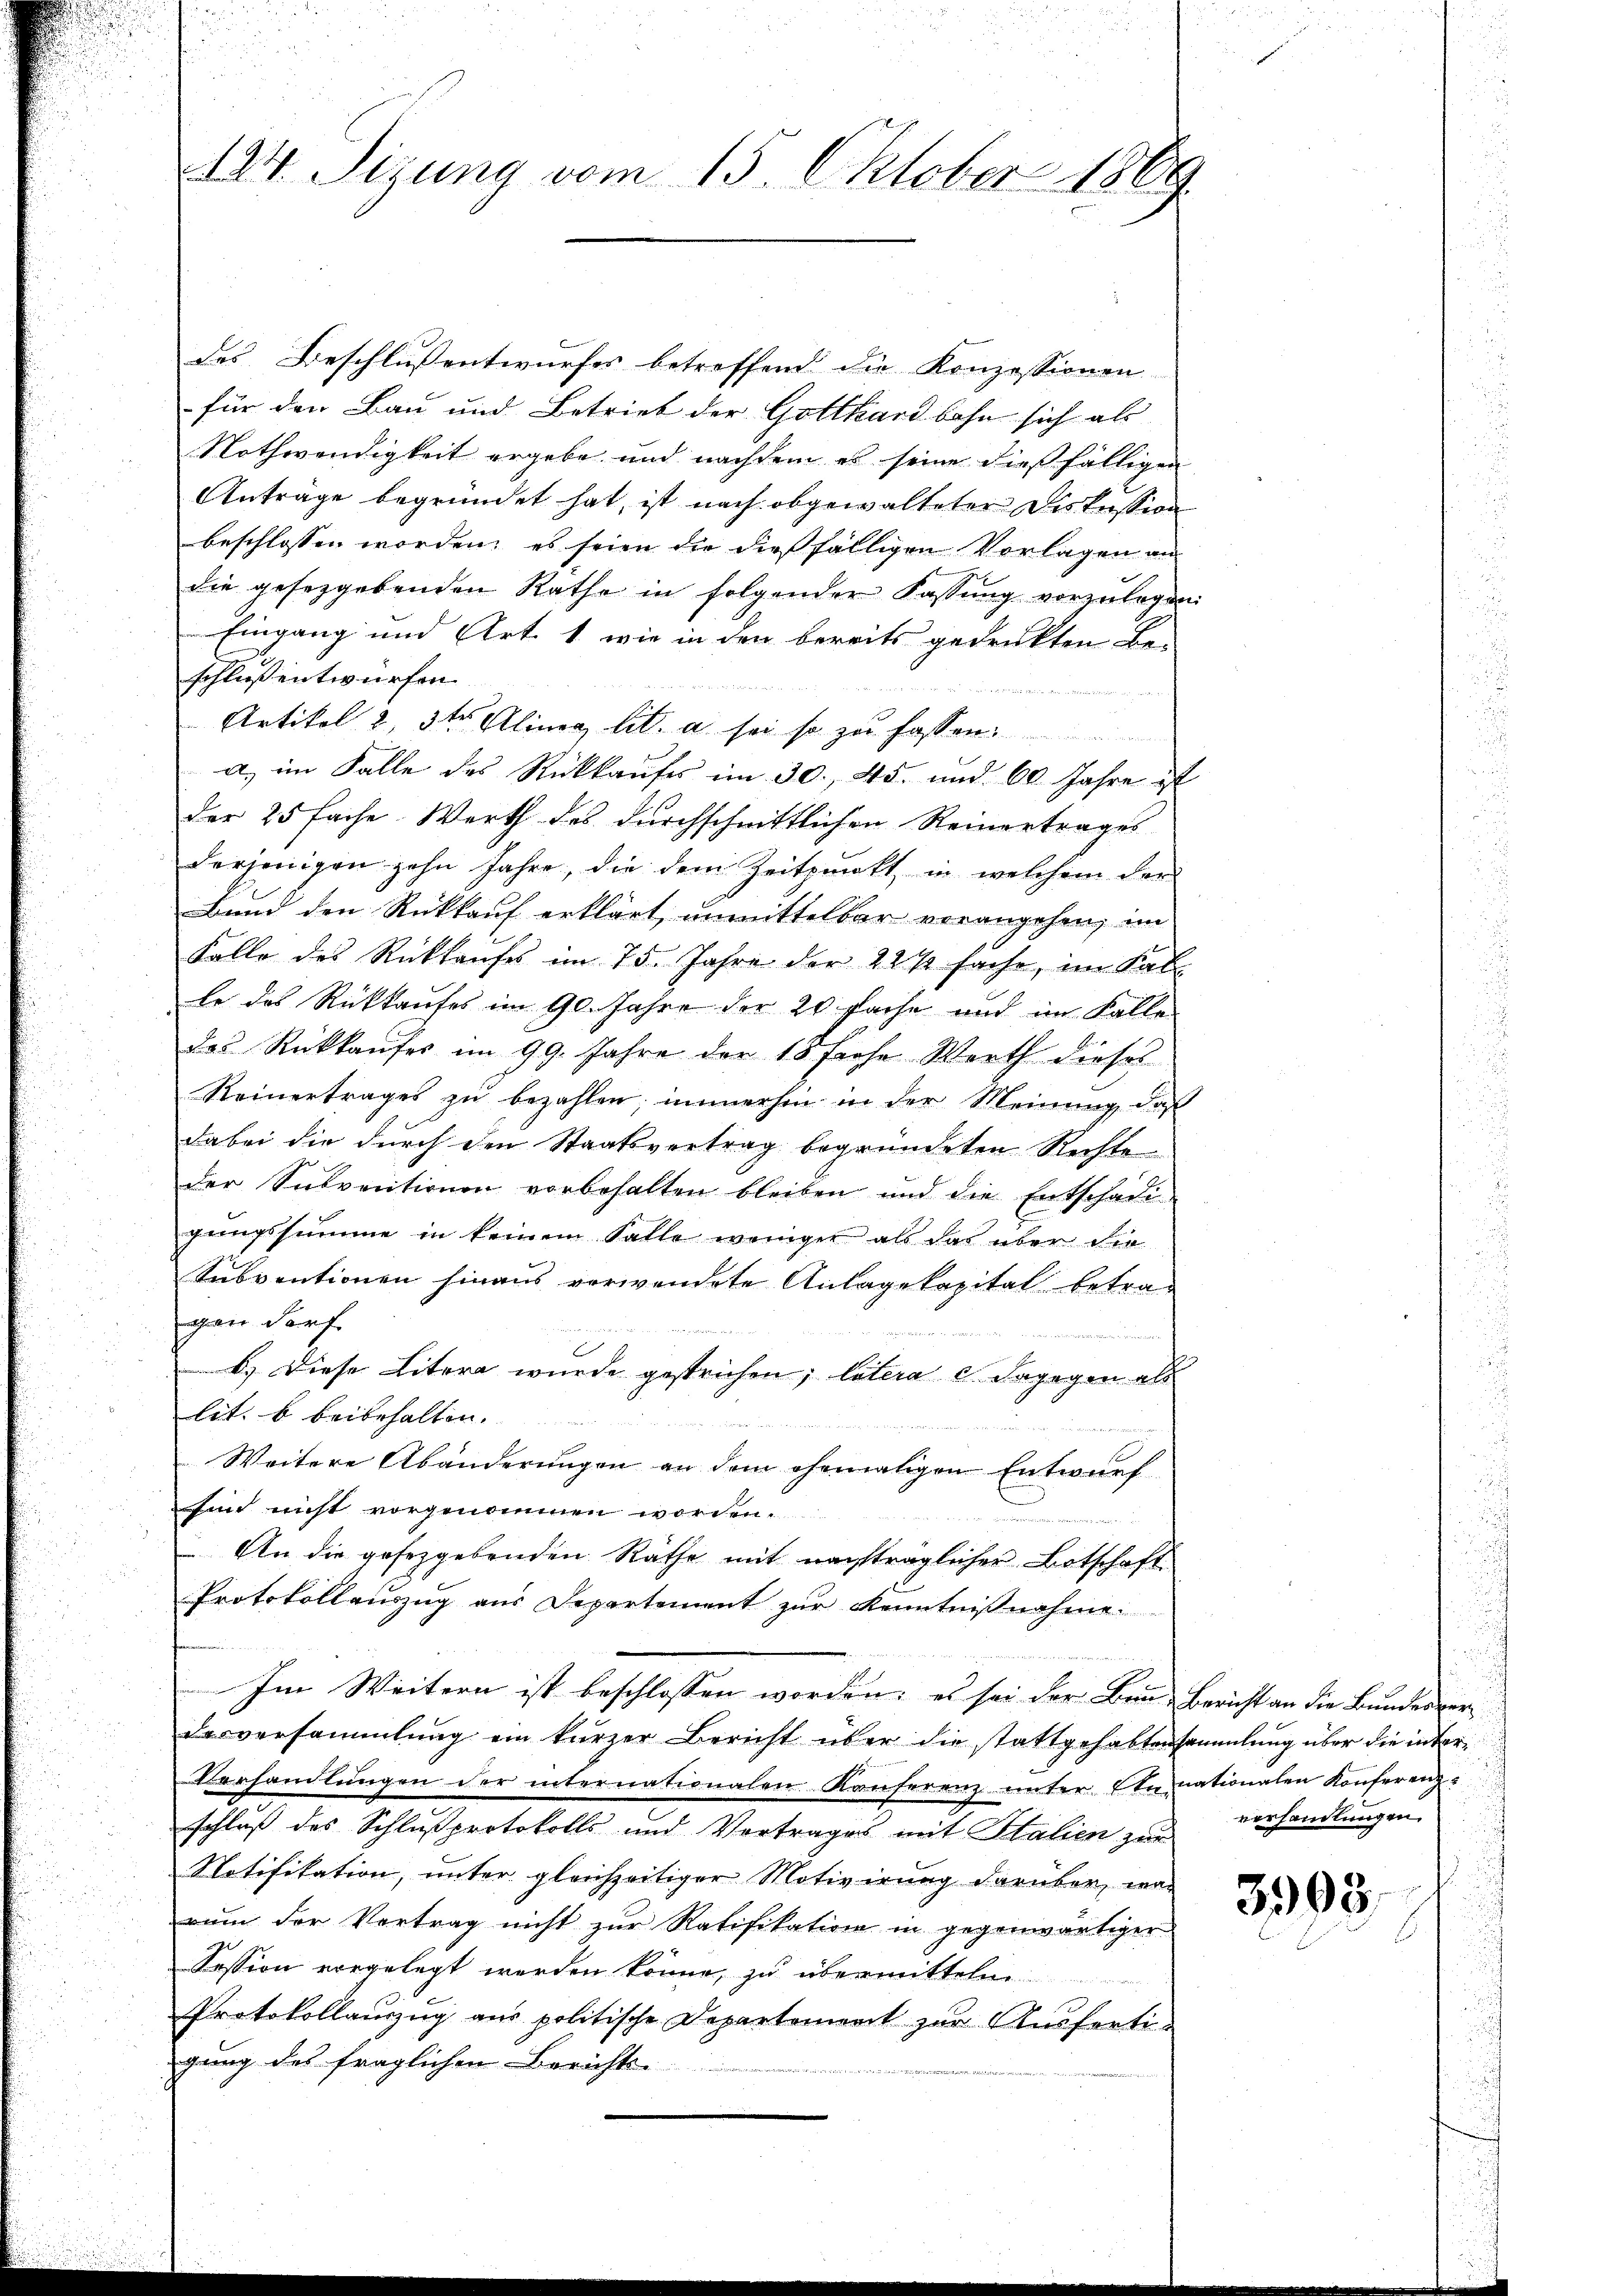
124. Sizung vom 15. Oktober 1869

des Beschlussentwurfes betreffend die Konzessionen
für den Bau und Betrieb der Gotthardbahn sich als
Nothwendigkeit ergebe und nachdem es seine dießfälligen
Anträge begründet hat, ist nach abgewalteter Diskussion
beschlossen worden, es seien die dießfälligen Vorlagen an
die gesetzgebenden Rathe in folgender Fassŭng vorzŭlegen
Eingang und Art. 1 wie in den bereits gedruckten Be-
schluß entwürfen.

Artikel 2, 3ter Aliner Lit. a. sei so zu fassen
a) im Falle des Rückkaufes im 30. 45. und 60 Jahre ist
der 25 fache Werth des durchschnittlichen Reinertrages
derjenigen zehn Jahre, die dem Zeitpunkt in welchem der
Band den Rückkauf erklärt, unmittelbar vorangehen, im
Falle des Rückkaufes im 75. Jahre der 22 ½ fache, im Kal
le das Rückkaufes im 90. Jahre der 20 fache und im Falle
das Rückkaufes im 99. Jahre der 18 frohe Werth dieses
Reinertrages zŭ bezahlen; immerhin in der Meinung, daß
dabei die durch den Staatsvertrag begründeten Rechte
der Subventionen vorbehalten bleiben und die Entschädi
gungssumme in keinem Falle weniger als das über die
Subventionen hinaus verwendete Anlagekapital betragan dorf.
.
C
b.) Diese Litern wurde gestrichen; latera c. dagegen als
lit. b beibehalten.
Weitere Abänderungen an dem ehematigen Entwurf
Ain nicht vorgenommen worden.
An die gesetzgebenden Räthe mit nachträglicher Botschaft
Protokollauszug aus Departement zur Kenntnißnahme.
Im Weitern ist beschlossen worden; es sei der Ben-Bericht an die Bundesver¬
Dasversammlung ein kurzer Bericht über die stattgehabtensammlung über die inter¬
Verhandlŭngen der internationalen Konferenz unter Annationalen Konferenzschluß des Schlußprotokolls und Vortrages mit Salien zur
Notifikation, unter gleichzeitiger Motivirung darüber war
rum der Vertrag nicht zur Ratifikation in gegenwärtiger
Session vorgelegt werden könne, zu übermitteln
Protokollauszug aus politische Departement zur Ausferti-
gung des fraglichen Berichts-

verhandlungen.

3908.